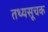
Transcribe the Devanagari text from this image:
तथ्यसूचक